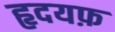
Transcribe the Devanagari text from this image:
हृदयफ़